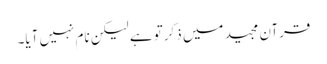
قرآن مجید میں ذکرتو ہے لیکن نام نہیں آیا۔